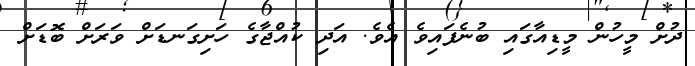
ދުށް މީހުން މީޑިއާގައި ބުނެފައިވެ އެވެ. އަދި ކުއްޖާގެ ހަށިގަނޑަށް ވަރަށް ބޮޑަށް